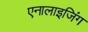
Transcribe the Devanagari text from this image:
एनालाइजिंग